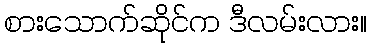
စားသောက်ဆိုင်က ဒီလမ်းလား။